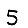
Digit: 5